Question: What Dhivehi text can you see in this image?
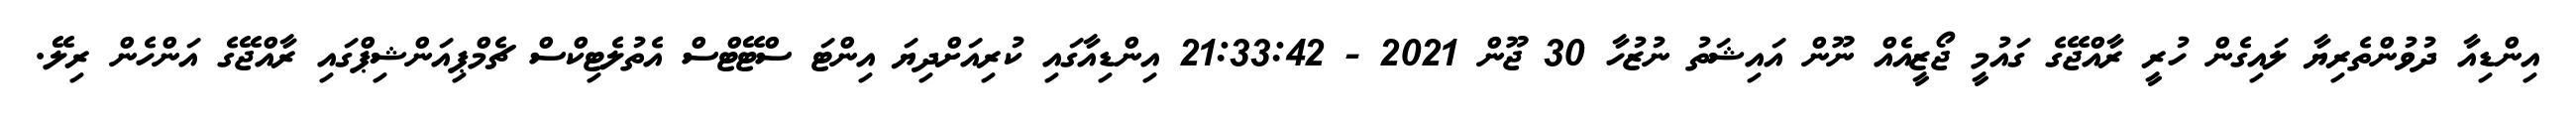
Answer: އިންޑިއާ ދުވުންތެރިޔާ ލައިގެން ހުރީ ރާއްޖޭގެ ގައުމީ ޖޯޒީއެއް ނޫން އައިޝަތު ނުޒުހާ 30 ޖޫން 2021 - 21:33:42 އިންޑިއާގައި ކުރިއަށްދިޔަ އިންޓަ ސްޓޭޓްސް އެތުލެޓިކްސް ޗެމްޕިއަންޝިޕްގައި ރާއްޖޭގެ އަންހެން ރިލޭ.